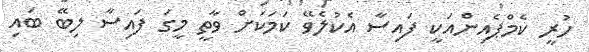
ހުރީ ކެމްޕެއިންއަކީ ފައިސާ އެކުލެވޭ ކަމަކަށް ވާތީ މީގަ ފައިސާ ލިބޭ ބައި